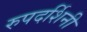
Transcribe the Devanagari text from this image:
रुपदर्शिनी